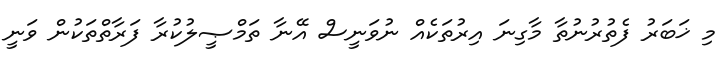
މި ޚަބަރު ފެތުރުނުތާ މާގިނަ އިރުތަކެއް ނުވަނީސް އޭނާ ތަމްޞީލުކުރާ ފަރާތްތަކުން ވަނީ